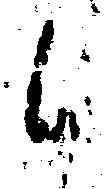
候